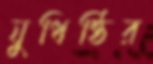
যুধিষ্ঠির